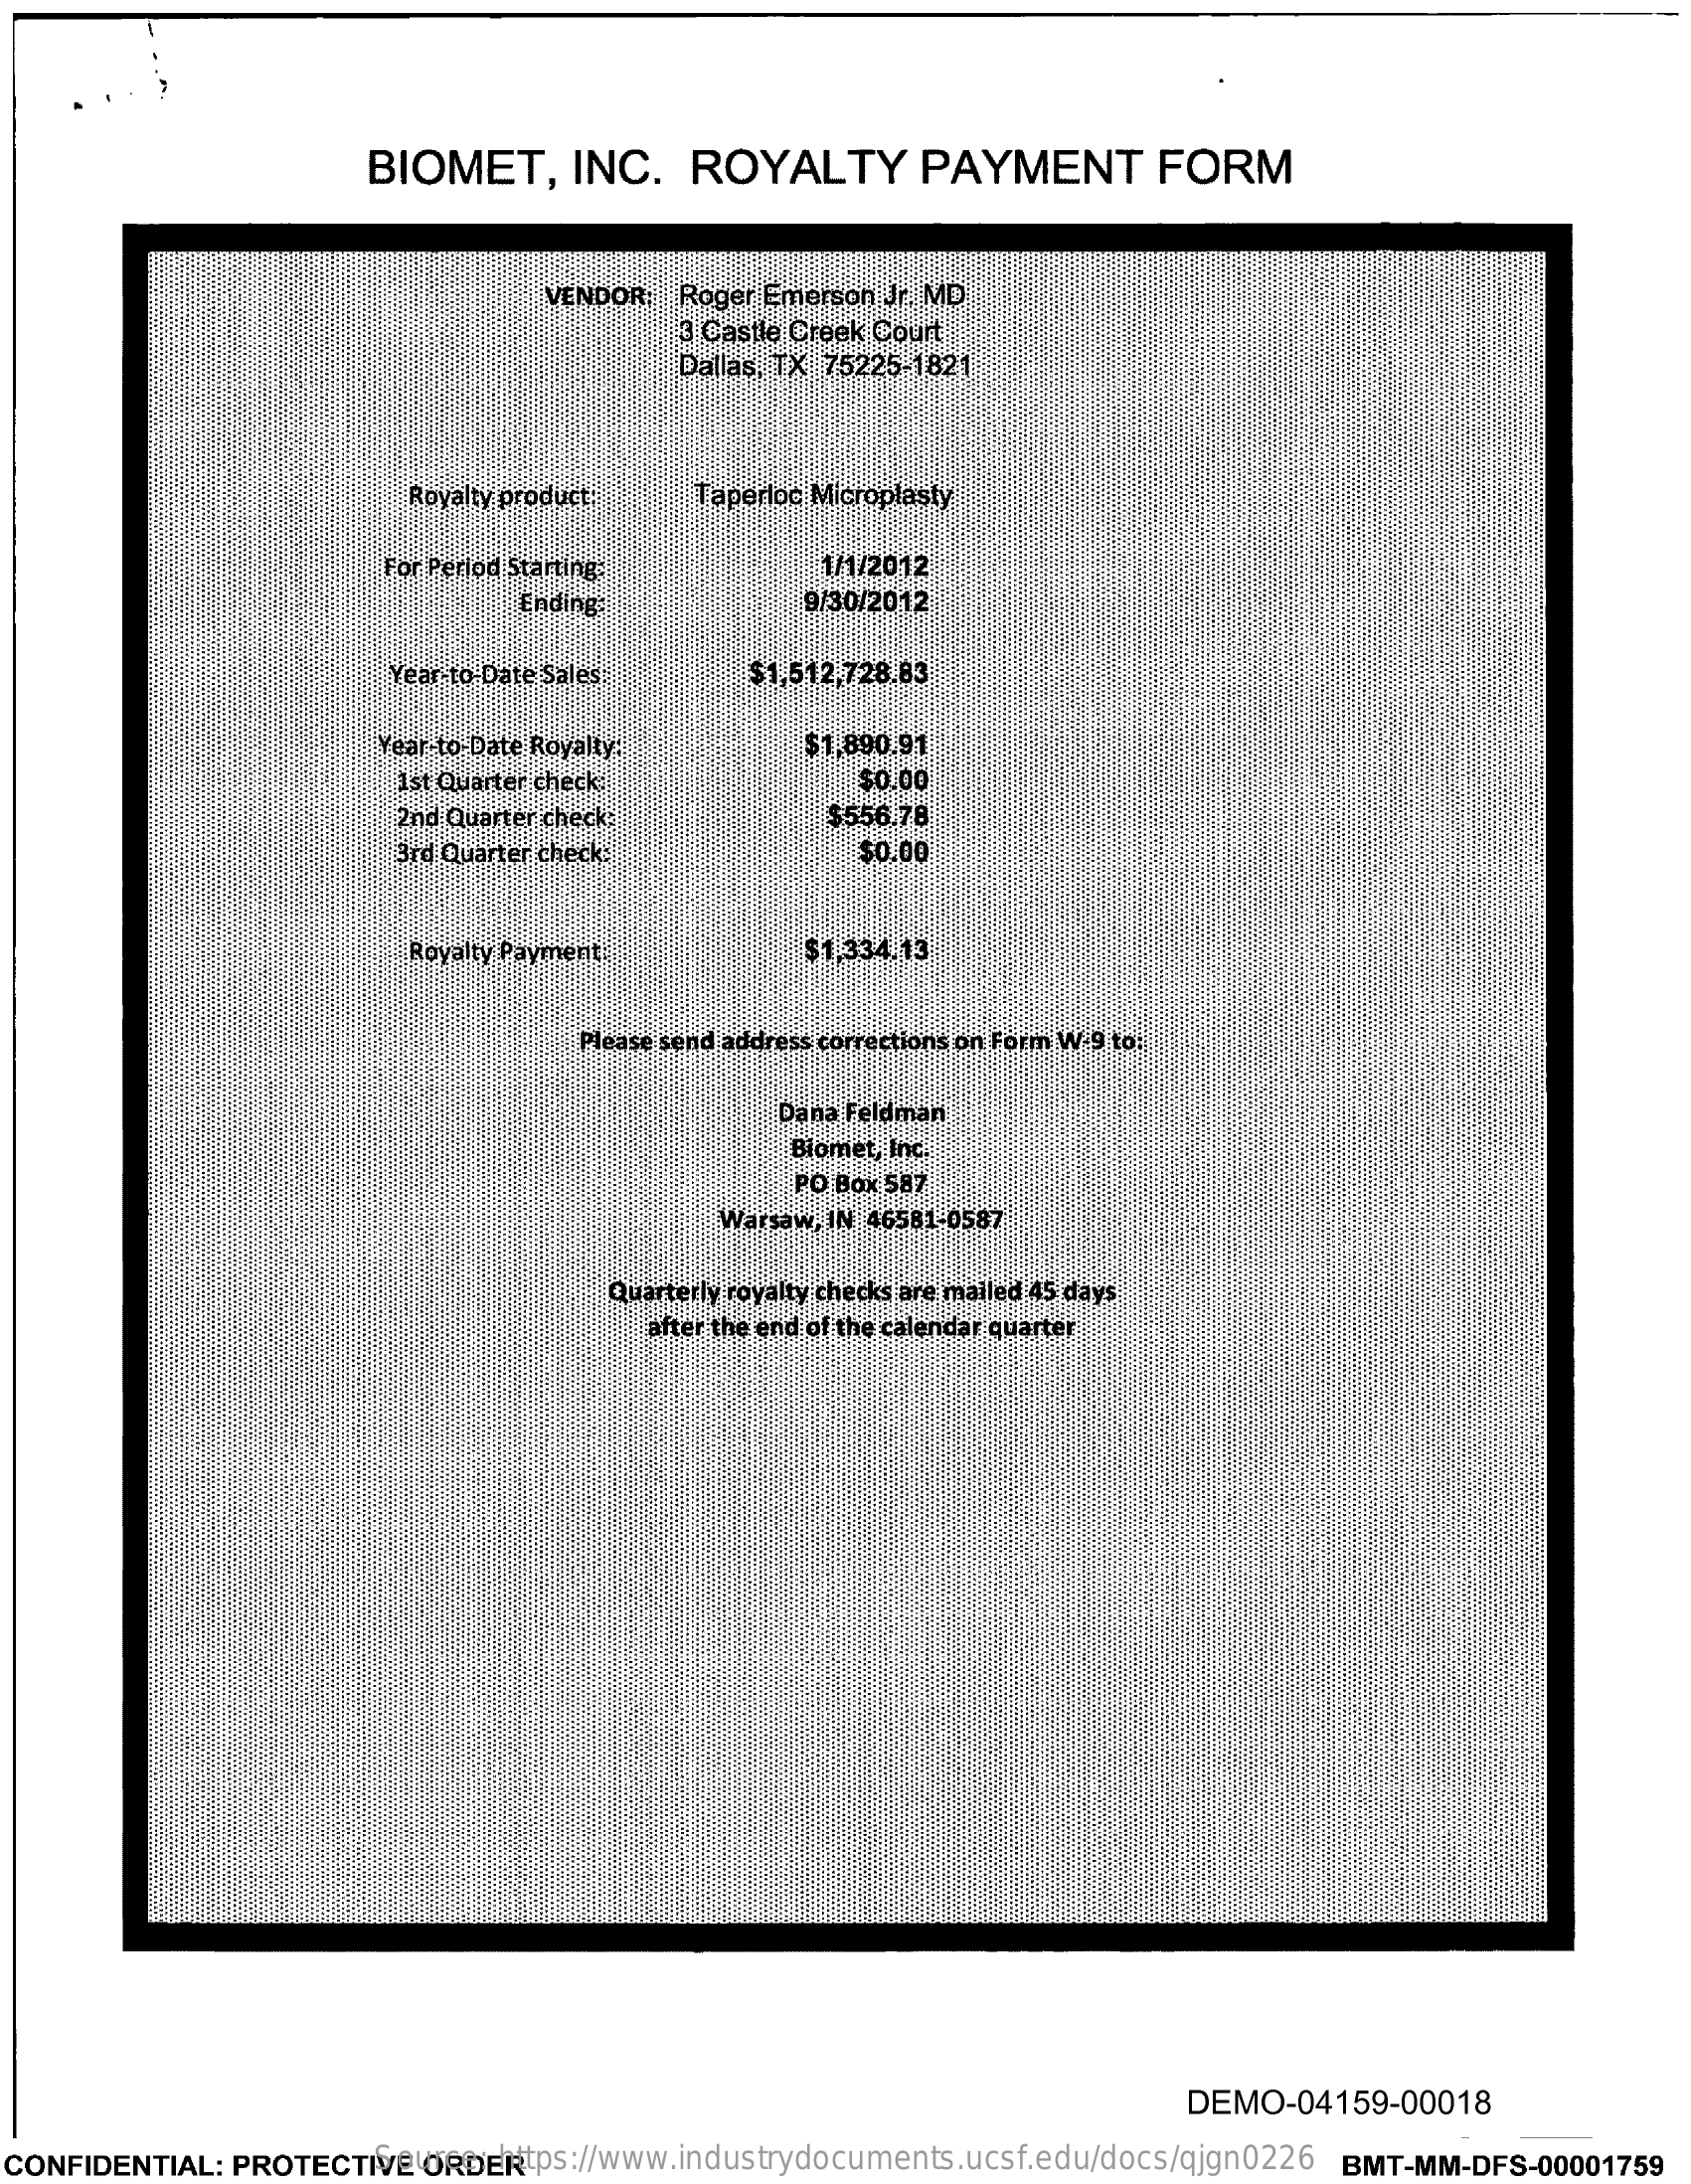
BIOMET,    INC.    ROYALTY    PAYMENT    FORM
     VENDOR: Roger Emerson Jr. MD
     3 Castle Creek Court
     Dallas, TX 75225-1821
     Royalty product:   Taperloc Microplasty
     For Period Starting.    1/1/2012
     Ending:    9/30/2012
     Year-to Date Sales    $1,512,728.83
     Year to Date Royalty:    $1,890.91
     1st Quarter check:    $0.00
     2nd Quarter check:    $556.78
     3rd Quarter check:    $0.00
     Royalty Payment    $1,334.13
     Please send address corrections on Form W 9 to:
     Dana Feldman
     Biomet, Inc.
     PO Box 587
     Warsaw, IN 46581-0587
     Quarterly royalty checks are mailed 45 days
     after the end of the calendar quarter
     DEMO-04159-00018
  CONFIDENTIAL: PROTECTIVE ORDER Source: https://www.industrydocuments.ucsf.edu/docs/qjgn0226 BMT-MM-DFS-00001759